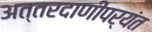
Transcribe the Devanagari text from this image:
अत्तरदाणीपर्यंत